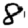
Digit: 8